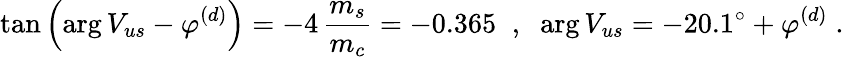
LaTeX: \tan\left(\arg V_{us}-\varphi^{(d)}\right)=-4\, \frac{m_{s}}{m_{c}}=-0.365\; \; ,\; \; \arg V_{us}=-20.1^{\circ}+\varphi^{(d)}\; .